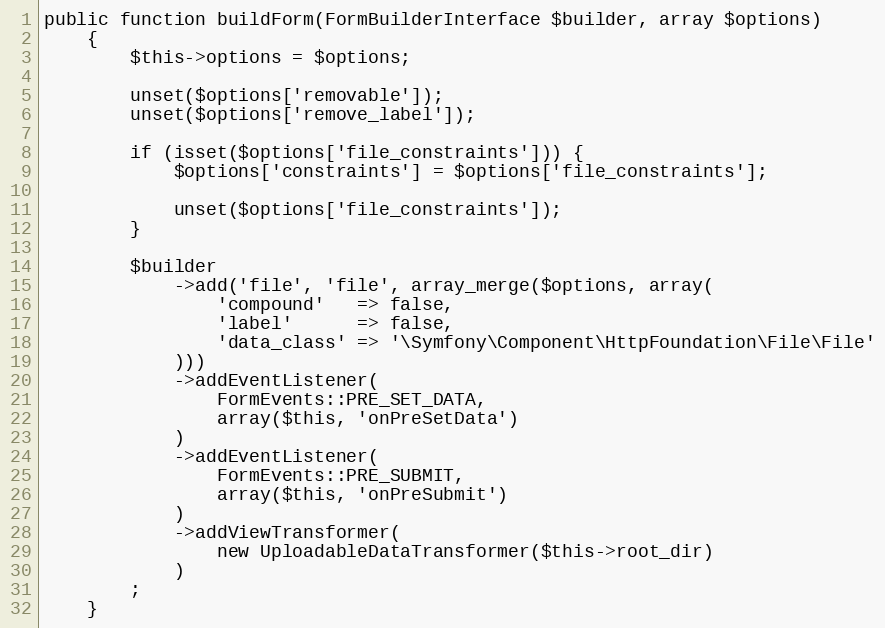
Language: PHP
public function buildForm(FormBuilderInterface $builder, array $options)
    {
        $this->options = $options;

        unset($options['removable']);
        unset($options['remove_label']);

        if (isset($options['file_constraints'])) {
            $options['constraints'] = $options['file_constraints'];

            unset($options['file_constraints']);
        }

        $builder
            ->add('file', 'file', array_merge($options, array(
                'compound'   => false,
                'label'      => false,
                'data_class' => '\Symfony\Component\HttpFoundation\File\File'
            )))
            ->addEventListener(
                FormEvents::PRE_SET_DATA,
                array($this, 'onPreSetData')
            )
            ->addEventListener(
                FormEvents::PRE_SUBMIT,
                array($this, 'onPreSubmit')
            )
            ->addViewTransformer(
                new UploadableDataTransformer($this->root_dir)
            )
        ;
    }